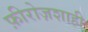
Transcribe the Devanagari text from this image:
फ़ीरोज़शाही